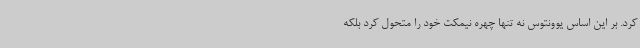
کرد. بر این اساس یوونتوس نه تنها چهره نیمکت خود را متحول کرد بلکه